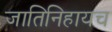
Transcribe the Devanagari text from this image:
जातिनिहायच